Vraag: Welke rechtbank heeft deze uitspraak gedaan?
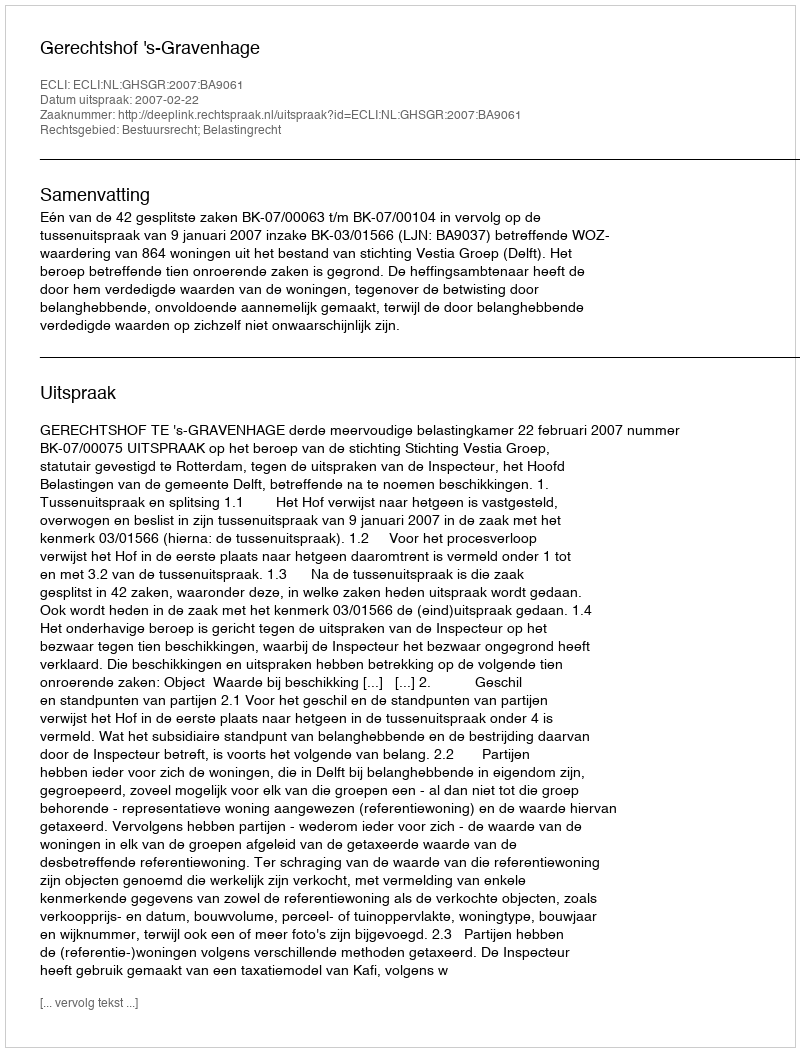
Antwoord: Gerechtshof 's-Gravenhage